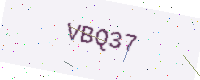
Text: VBQ37